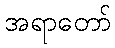
အရာတော်